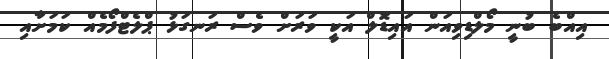
އިއްބެ ބުނީ މޯލްޑިވިއަން އައިޑޮލް އަކީ ވަރަށް ވެސް ރަނގަޅު ޕްލެޓްފޯމެއް ކަމަށާއި